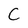
Character: C